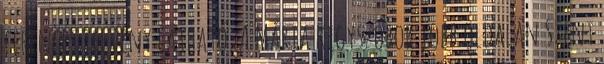
ferences jelvény látható. A Mária kegyszobor jobb oldalán Szent